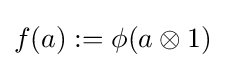
f(a):=\phi (a\otimes 1)